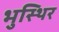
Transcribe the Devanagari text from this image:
भुस्थिर